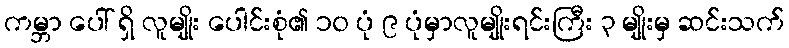
ကမ္ဘာ ပေါ် ရှိ လူမျိုး ပေါင်းစုံ၏ ၁၀ ပုံ ၉ ပုံမှာလူမျိုးရင်းကြီး ၃ မျိုးမှ ဆင်းသက်